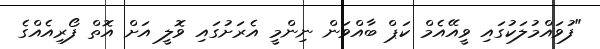
"ފުވައްމުލަކުގައި ވީއޭއެމް ކަޕް ބާއްވަން ނިންމީ އެރަށުގައި ވޮލީ އަށް އޮތް ފޯރިއެއްގެ